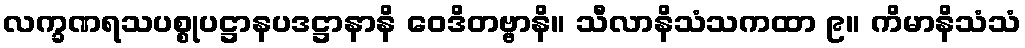
လက္ခဏရသပစ္စုပဋ္ဌာနပဒဋ္ဌာနာနိ ဝေဒိတဗ္ဗာနိ။ သီလာနိသံသကထာ ၉။ ကိမာနိသံသံ